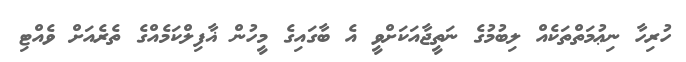
ހުރިހާ ނިޢުމަތްތަކެއް ލިބުމުގެ ނަތީޖާއަކަށްވީ އެ ބާގައިގެ މީހުން ޣާފިލްކަމެއްގެ ތެރެއަށް ވެއްޓި